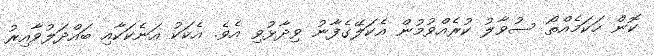
ކޮން ހަކަމެއްތޯ ސުވާލު ކުރެއްވުމުން އެކަލޭގެފާނު ވިދާޅުވި އެވެ. އެކަކު އަނެކަކާއި ބައްދަލުވާއިރު